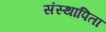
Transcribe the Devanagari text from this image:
संस्थापिता